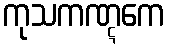
ကုသကဏ္ဋကေ